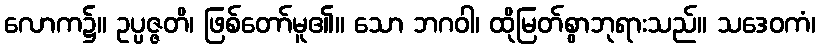
လောက၌။ ဥပ္ပဇ္ဇတိ၊ ဖြစ်တော်မူ၏။ သော ဘဂဝါ၊ ထိုမြတ်စွာဘုရားသည်။ သဒေဝကံ၊